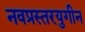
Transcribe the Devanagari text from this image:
नवप्रस्तरयुगीन